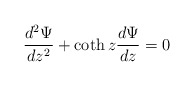
\begin{align*}\frac{d^2 \Psi}{d z^2} + \coth z \frac{d \Psi}{d z} = 0\end{align*}